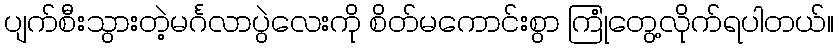
ပျက်စီးသွားတဲ့မင်္ဂလာပွဲလေးကို စိတ်မကောင်းစွာ ကြုံတွေ့လိုက်ရပါတယ်။